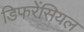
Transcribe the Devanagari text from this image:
डिफरेंसियल